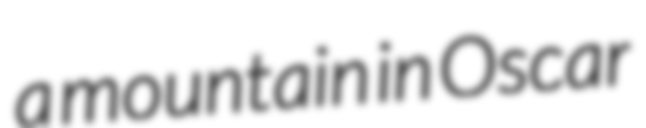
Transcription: a mountain in Oscar